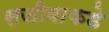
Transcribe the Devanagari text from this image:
सजीवाकडे